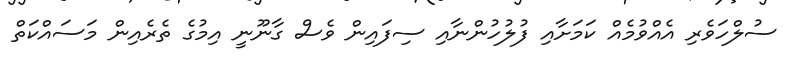
ސުލްހަވެރި އެއްވުމެއް ކަމަށާއި ފުލުހުންނާއި ސިފައިން ވެސް ގާނޫނީ އިމުގެ ތެރެއިން މަސައްކަތް